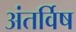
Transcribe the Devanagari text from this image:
अंतर्विष